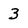
Character: 3